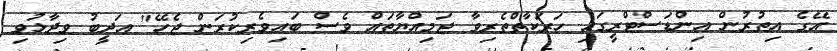
އޭގެ އިތުރުން އިންޑަސްޓްރީގައި ހަރަކާތްތެރިވާ ޖަމިއްޔާތައް ވެސް ބައިވެރިކުރަން ޖެހޭ" އަދީބު ވިދާޅުވި